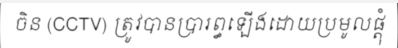
ចិន (CCTV) ត្រូវបានប្រារព្ធឡើងដោយប្រមូលផ្តុំ